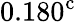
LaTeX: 0.180^{\mathrm{c}}